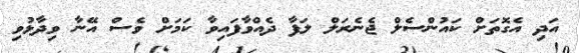
އަދި އެގޮތަށް ކައުންސެލް ޖެނެރަލް ލަފާ ދެއްވާފައިވާ ކަމަށް ވެސް އޭނާ ވިދާޅުވި